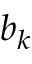
b _ { k }